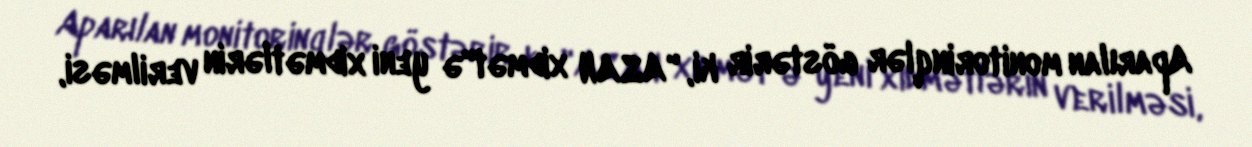
Aparılan monitorinqlər göstərir ki, "ASAN xidmət"ə yeni xidmətlərin verilməsi,